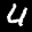
Label: 4